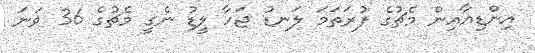
އިންޑިއާއިން މެޗުގެ ފުރަތަމަ ލަނޑު ޖަހާ ލީޑު ނެގީ މެޗުގެ 36 ވަނަ